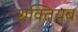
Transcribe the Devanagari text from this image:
शक्तियब